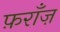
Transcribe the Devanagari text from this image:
फ़राँज़